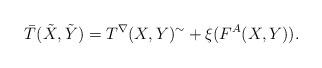
LaTeX: \begin{align*} \bar T(\tilde X,\tilde Y)=T^{\nabla}(X,Y)^{\sim}+\xi(F^{A}(X,Y)). \end{align*}